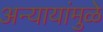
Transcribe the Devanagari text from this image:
अन्यायांमुळे